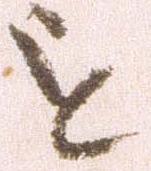
を